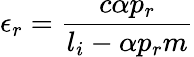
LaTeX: \epsilon_{r}=\frac{c\alpha p_{r}}{l_{i}-\alpha p_{r}m}